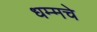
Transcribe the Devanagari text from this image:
धम्मचे